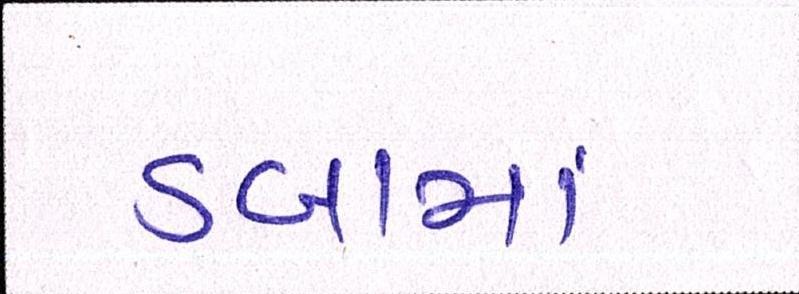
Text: ડબામાં